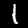
Digit: 1